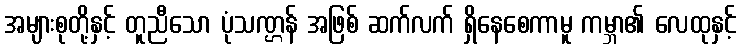
အများစုတို့နှင့် တူညီသော ပုံသဏ္ဌန် အဖြစ် ဆက်လက် ရှိနေစေကာမူ ကမ္ဘာ၏ လေထုနှင့်